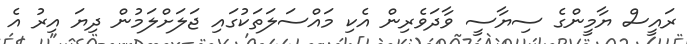
ރައީސް ޔާމީންގެ ސިޔާސީ ވާދަވެރިން އެކި މައްސަލަތަކުގައި ޖަލަށްލަމުން ދިޔަ އިރު އެ